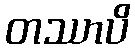
တဿာပိ